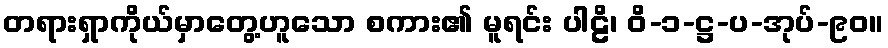
တရားရှာကိုယ်မှာတွေ့ဟူသော စကား၏ မူရင်း ပါဠိ၊ ဝိ-၁-ဋ္ဌ-ပ-အုပ်-၉၀။